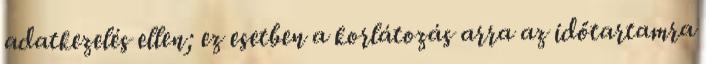
adatkezelés ellen; ez esetben a korlátozás arra az időtartamra